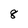
Character: 8